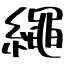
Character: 繩